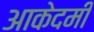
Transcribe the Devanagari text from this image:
आकेदमी